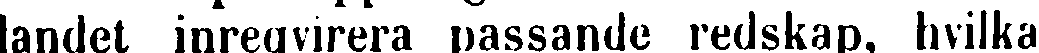
landet inreqvirera passande redskap, hvilka